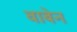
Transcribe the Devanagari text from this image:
वाबेन